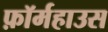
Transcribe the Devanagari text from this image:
फ़ॉर्महाउस